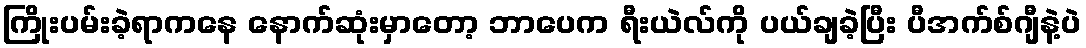
ကြိုးပမ်းခဲ့ရာကနေ နောက်ဆုံးမှာတော့ ဘာပေက ရီးယဲလ်ကို ပယ်ချခဲ့ပြီး ပီအက်စ်ဂျီနဲ့ပဲ